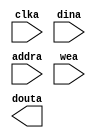
module font_rom2(
	clka,
	dina,
	addra,
	wea,
	douta);


input clka;
input [7 : 0] dina;
input [15 : 0] addra;
input [0 : 0] wea;
output [7 : 0] douta;

// synthesis translate_off

      BLK_MEM_GEN_V2_4 #(
		.C_ADDRA_WIDTH(16),
		.C_ADDRB_WIDTH(16),
		.C_ALGORITHM(1),
		.C_BYTE_SIZE(9),
		.C_COMMON_CLK(0),
		.C_DEFAULT_DATA("0"),
		.C_DISABLE_WARN_BHV_COLL(0),
		.C_DISABLE_WARN_BHV_RANGE(0),
		.C_FAMILY("virtex2p"),
		.C_HAS_ENA(0),
		.C_HAS_ENB(0),
		.C_HAS_MEM_OUTPUT_REGS(0),
		.C_HAS_MUX_OUTPUT_REGS(0),
		.C_HAS_REGCEA(0),
		.C_HAS_REGCEB(0),
		.C_HAS_SSRA(0),
		.C_HAS_SSRB(0),
		.C_INIT_FILE_NAME("font_rom2.mif"),
		.C_LOAD_INIT_FILE(1),
		.C_MEM_TYPE(0),
		.C_PRIM_TYPE(1),
		.C_READ_DEPTH_A(65535),
		.C_READ_DEPTH_B(65535),
		.C_READ_WIDTH_A(8),
		.C_READ_WIDTH_B(8),
		.C_SIM_COLLISION_CHECK("ALL"),
		.C_SINITA_VAL("0"),
		.C_SINITB_VAL("0"),
		.C_USE_BYTE_WEA(0),
		.C_USE_BYTE_WEB(0),
		.C_USE_DEFAULT_DATA(0),
		.C_USE_ECC(0),
		.C_USE_RAMB16BWER_RST_BHV(0),
		.C_WEA_WIDTH(1),
		.C_WEB_WIDTH(1),
		.C_WRITE_DEPTH_A(65535),
		.C_WRITE_DEPTH_B(65535),
		.C_WRITE_MODE_A("WRITE_FIRST"),
		.C_WRITE_MODE_B("WRITE_FIRST"),
		.C_WRITE_WIDTH_A(8),
		.C_WRITE_WIDTH_B(8),
		.C_XDEVICEFAMILY("virtex2p"))
	inst (
		.CLKA(clka),
		.DINA(dina),
		.ADDRA(addra),
		.WEA(wea),
		.DOUTA(douta),
		.ENA(),
		.REGCEA(),
		.SSRA(),
		.CLKB(),
		.DINB(),
		.ADDRB(),
		.ENB(),
		.REGCEB(),
		.WEB(),
		.SSRB(),
		.DOUTB(),
		.DBITERR(),
		.SBITERR());


// synthesis translate_on

// XST black box declaration
// box_type "black_box"
// synthesis attribute box_type of font_rom2 is "black_box"

endmodule